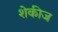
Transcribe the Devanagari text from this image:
शेकीज